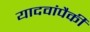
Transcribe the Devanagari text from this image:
यादवांपैकी